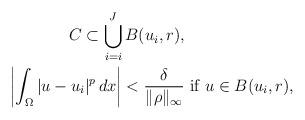
LaTeX: \begin{align*}C \subset \bigcup_{i=i}^J B(u_i, r), &\\\left|\int_{\Omega} |u - u_i|^p\, dx\right| <\frac{\delta}{\|\rho \|_{\infty}} & \mbox{ if } u\in B(u_i, r),\end{align*}